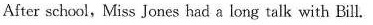
After school,Miss Jones had a long talk with Bill.